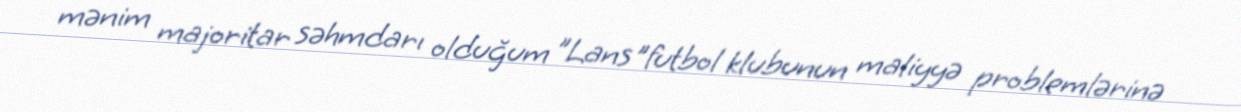
mənim majoritar səhmdarı olduğum ”Lans"futbol klubunun maliyyə problemlərinə